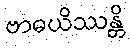
ဗာဓယိဿန္တိ